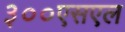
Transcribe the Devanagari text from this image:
३००एसएल